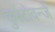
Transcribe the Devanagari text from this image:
कुरेंटोवन्जे